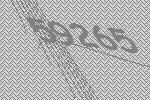
59265